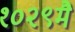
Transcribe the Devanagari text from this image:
१०२९मै